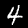
Digit: 4